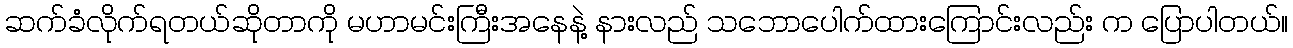
ဆက်ခံလိုက်ရတယ်ဆိုတာကို မဟာမင်းကြီးအနေနဲ့ နားလည် သဘောပေါက်ထားကြောင်းလည်း က ပြောပါတယ်။